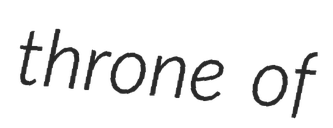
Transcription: throne of